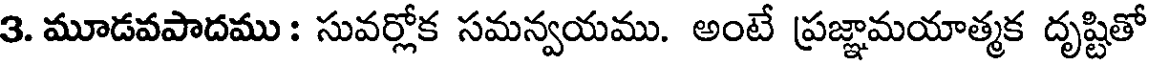
3. మూడవపాదము : సువర్లోక సమన్వయము. అంటే ప్రజ్ఞామయాత్మక దృష్టితో